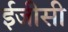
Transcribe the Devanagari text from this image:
ईजीसी